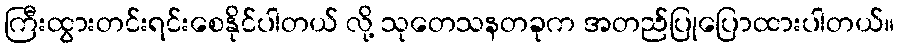
ကြီးထွားတင်းရင်းစေနိုင်ပါတယ် လို့ သုတေသနတခုက အတည်ပြုပြောထားပါတယ်။